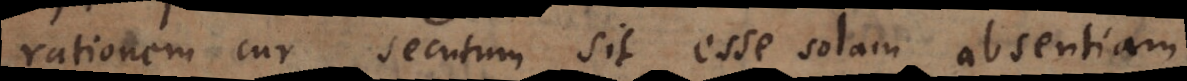
rationem cur secutum sit esse solam absentiam